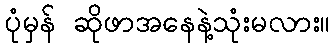
ပုံမှန် ဆိုဖာအနေနဲ့သုံးမလား။